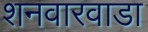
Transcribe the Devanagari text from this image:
शनवारवाडा